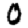
Digit: 0